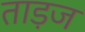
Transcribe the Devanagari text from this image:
ताड़ज